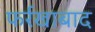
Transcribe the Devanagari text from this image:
फर्रखाबाद